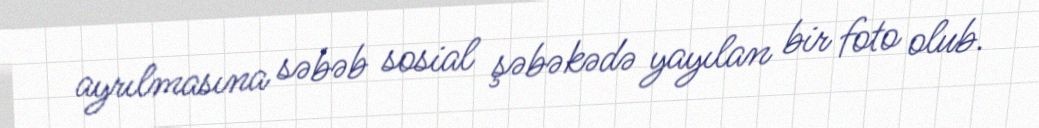
ayrılmasına səbəb sosial şəbəkədə yayılan bir foto olub.